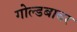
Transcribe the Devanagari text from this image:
गोल्डबाचर